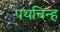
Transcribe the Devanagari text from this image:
पथचिन्ह